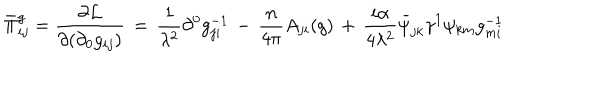
\bar { \Pi } _ { i j } ^ { g } = \frac { \partial { \cal L } } { \partial ( \partial _ { 0 } g _ { i j } ) } \, = \, \frac { 1 } { \lambda ^ { 2 } } \partial ^ { 0 } g _ { j i } ^ { - 1 } \, - \, \frac { n } { 4 \pi } A _ { j i } ( g ) \, + \, \frac { i \alpha } { 4 \lambda ^ { 2 } } \bar { \psi } _ { j k } \gamma ^ { 1 } \psi _ { k m } g _ { m i } ^ { - 1 }